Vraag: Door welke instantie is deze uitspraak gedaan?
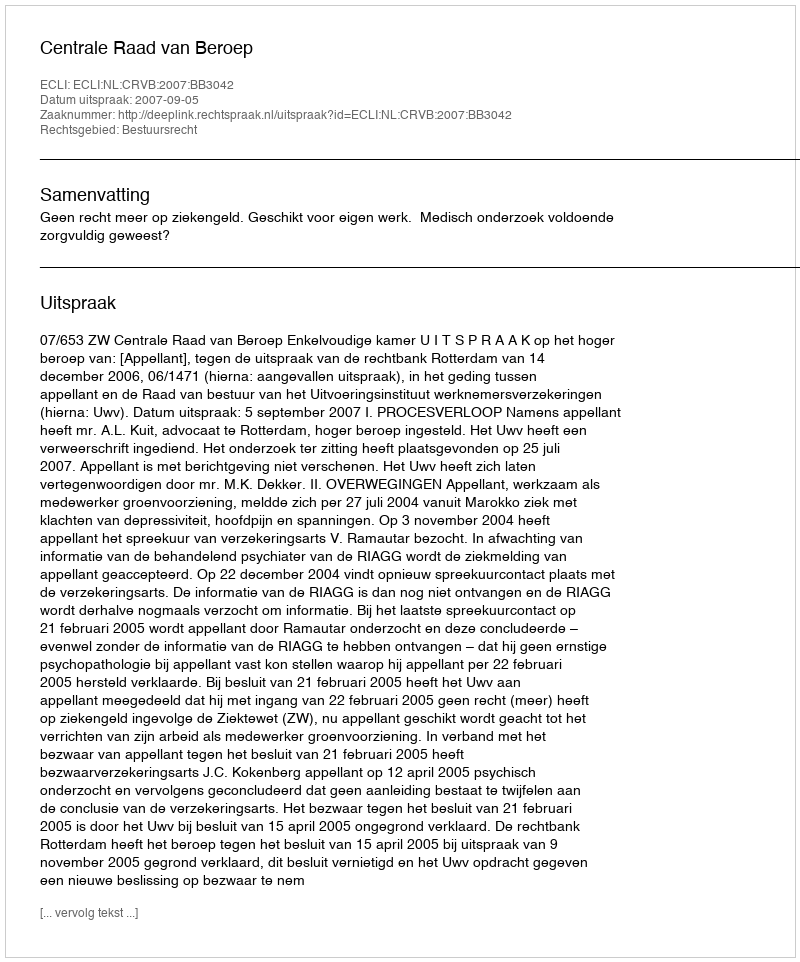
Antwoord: Centrale Raad van Beroep